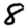
Digit: 8